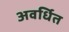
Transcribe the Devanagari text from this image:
अवर्धित